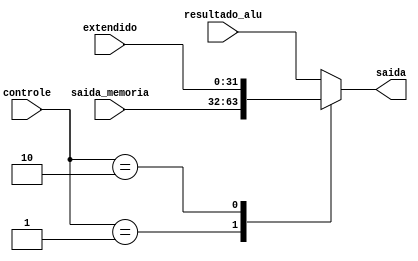
module MUX_3 (saida_memoria, resultado_alu, extendido, saida, controle);

	// input
	input [31:0] saida_memoria;
	input [31:0] resultado_alu;
	input [31:0] extendido;
	input [1:0] controle;
	
	// output 
	output reg [31:0] saida;
	
	always @ (*) begin
		
		case(controle) 
			default: saida = resultado_alu;
			2'b01: saida = saida_memoria;
			2'b10: saida = extendido;
			
		endcase 
	end
endmodule